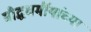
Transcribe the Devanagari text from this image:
बौद्धधर्मीयांच्या